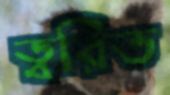
ত্বরিত